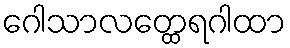
ဂေါသာလတ္ထေရဂါထာ